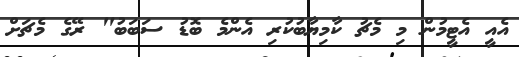
އެއީ އެޓީމުން މި މެޗު ކާމިޔާބުކުރި އެންމެ ބޮޑު ސަބަބު" ރޭގެ މެޗަށް